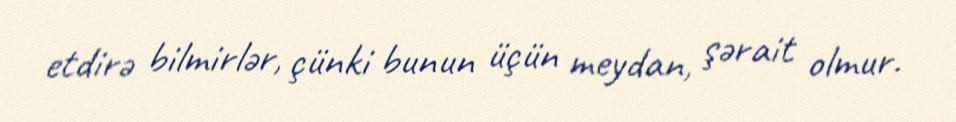
etdirə bilmirlər, çünki bunun üçün meydan, şərait olmur.